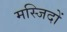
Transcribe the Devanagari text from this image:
मस्‍जिदों